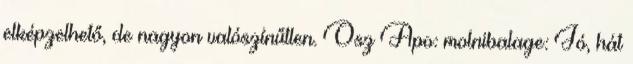
elképzelhető, de nagyon valószínűtlen. Osz Apo: molnibalage: Jó, hát